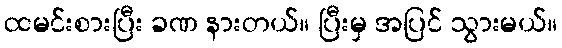
ထမင်းစားပြီး ခဏ နားတယ်။ ပြီးမှ အပြင် သွားမယ်။